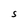
Character: S